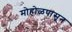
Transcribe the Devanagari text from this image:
मोहोळपासून